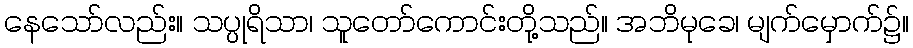
နေသော်လည်း။ သပ္ပုရိသာ၊ သူတော်ကောင်းတို့သည်။ အဘိမုခေ၊ မျက်မှောက်၌။